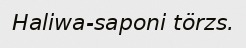
Haliwa-saponi törzs.